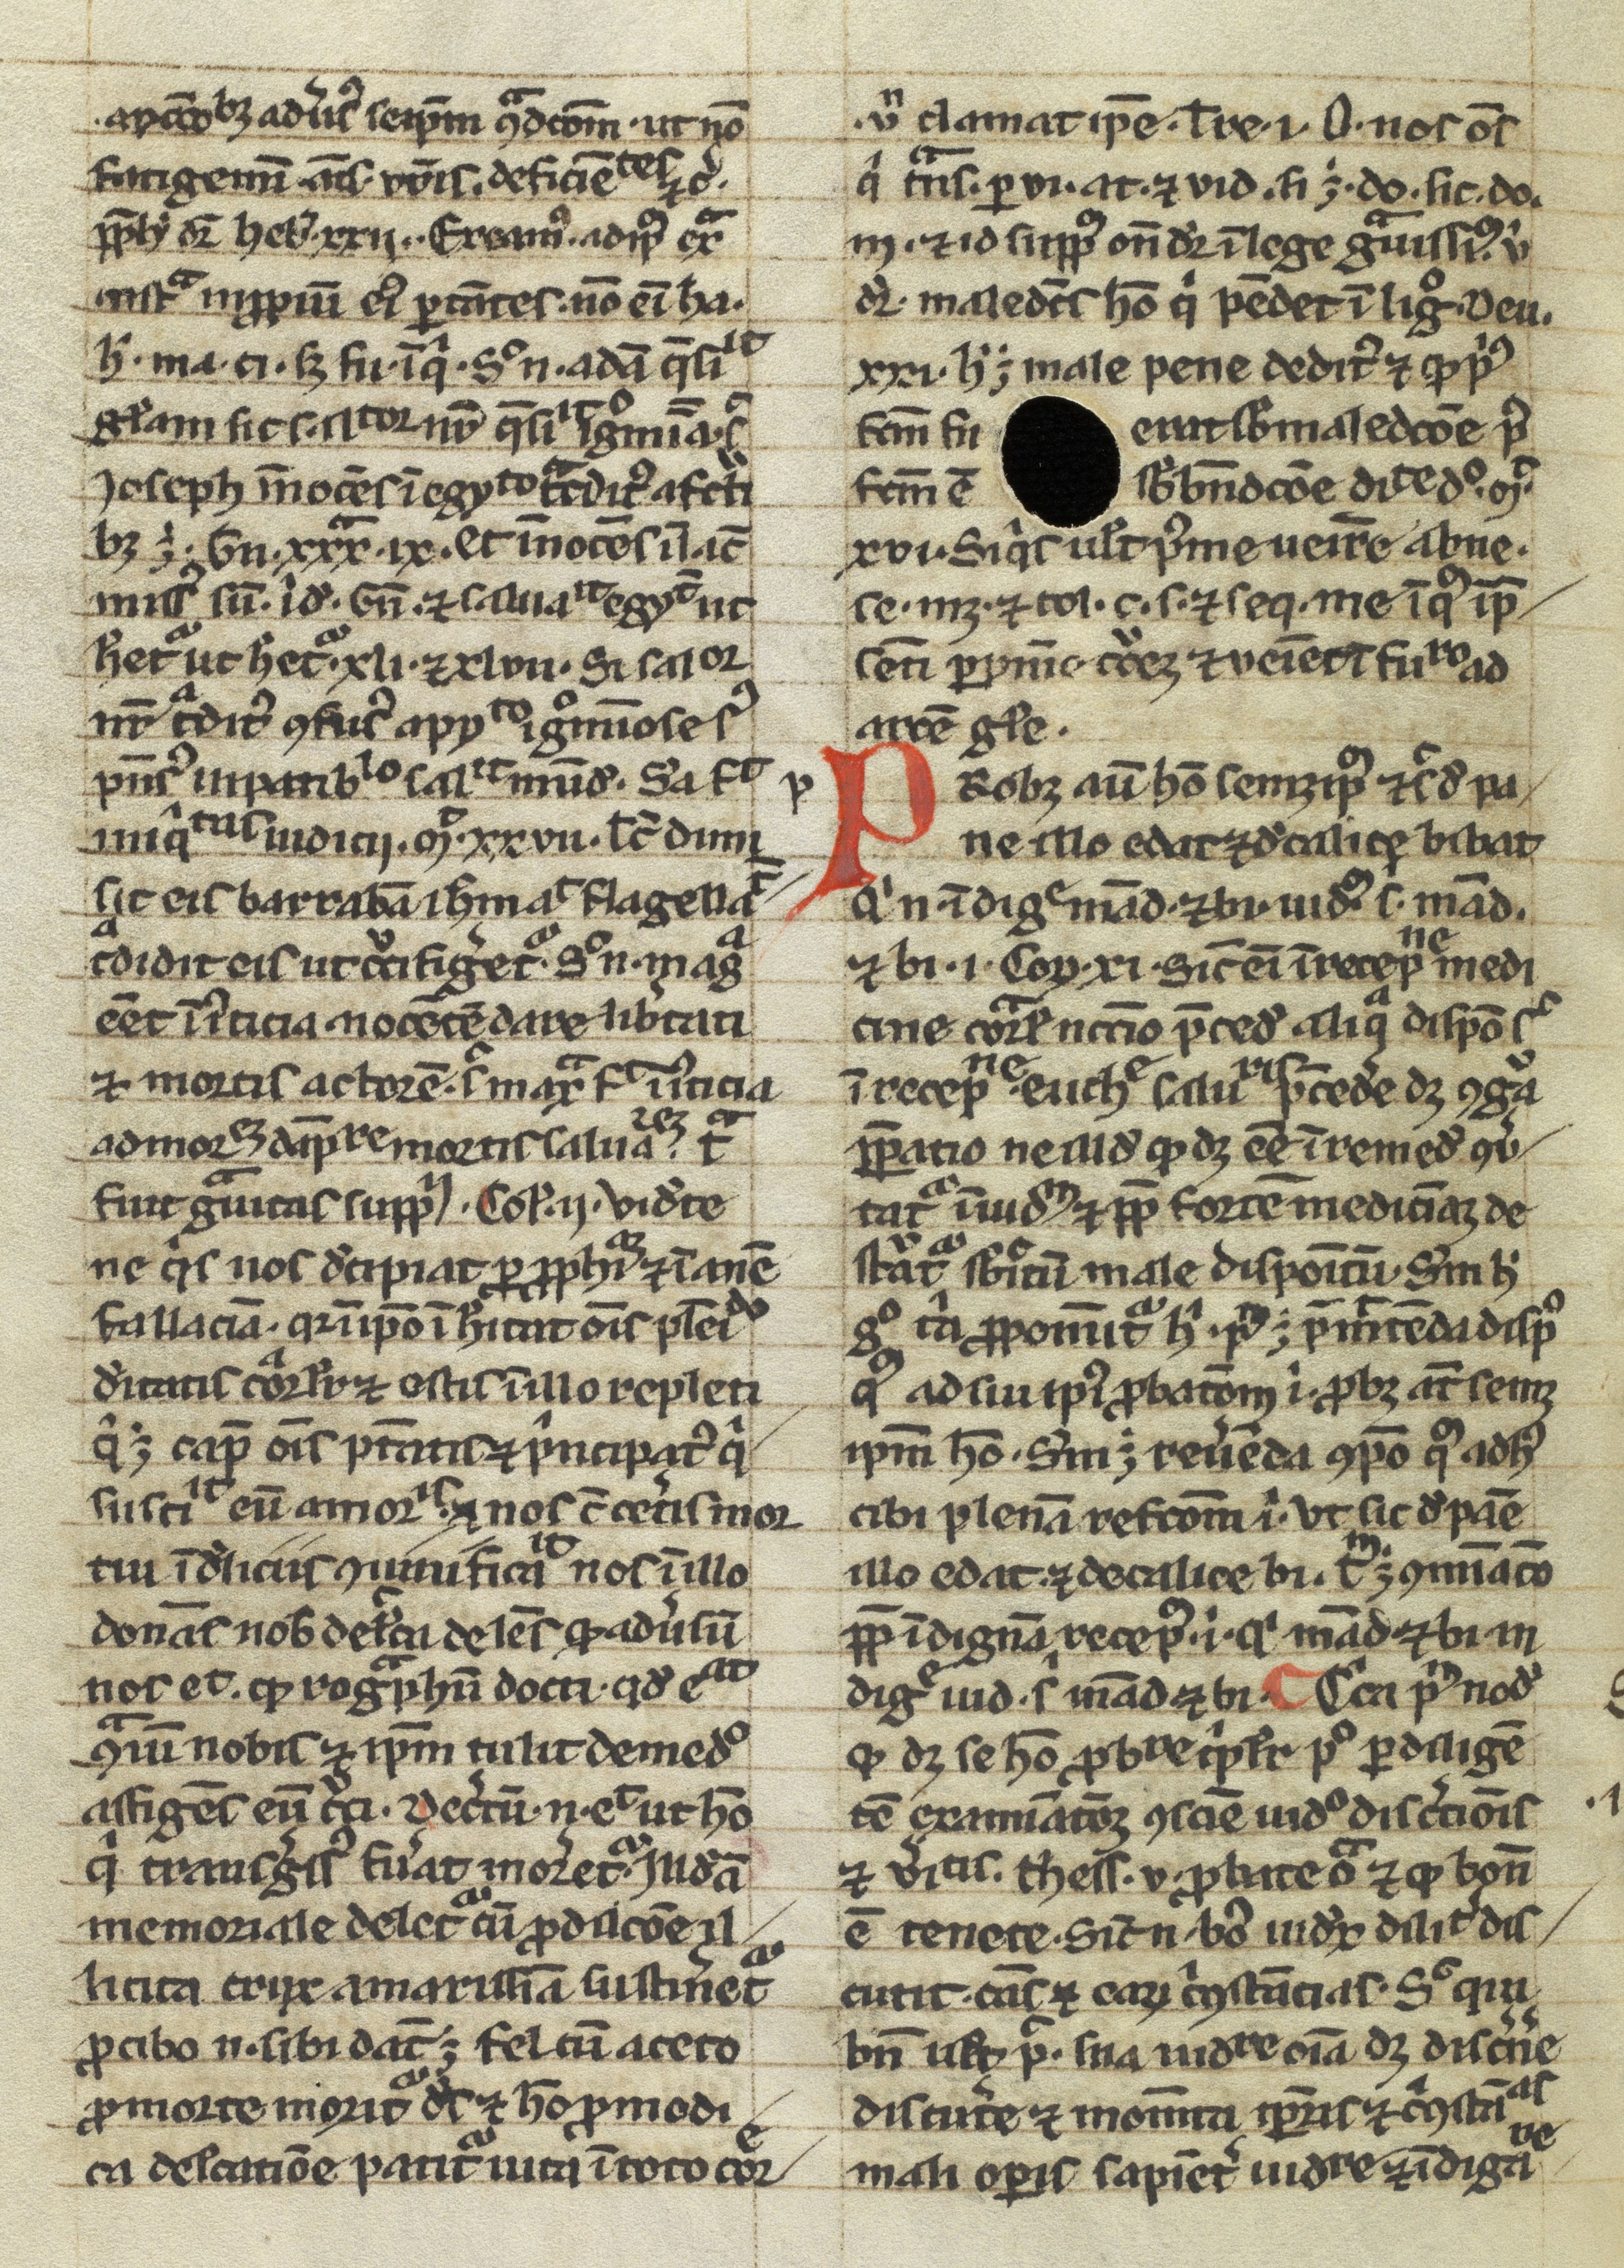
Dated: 1200–1399